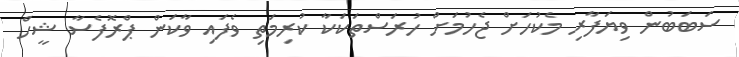
ސަބަބުން ވިޔަފާރި މެކުހަށް ޖެހުމަށް ހުރަސްތަކަކާ ކުރިމަތި ވެފައި ވާކަން ޕްރޮފެސާ ޝީހް